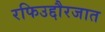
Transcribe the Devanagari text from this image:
रफिउद्दौरजात